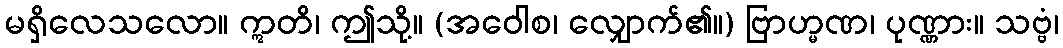
မရှိလေသလော။ ဣတိ၊ ဤသို့။ (အဝေါစ၊ လျှောက်၏။) ဗြာဟ္မဏ၊ ပုဏ္ဏား။ သဗ္ဗံ၊